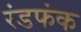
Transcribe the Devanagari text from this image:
रंडफंक